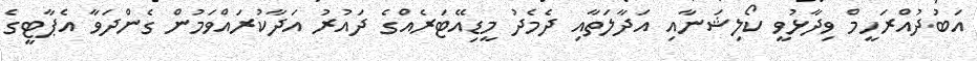
އަބުދުއްރަހީމް ވިދާޅުވީ ކޯލިޝަނާއި އަދާލަތާއި ދެމެދު މީޑިއޭޓަރެއްގެ ދައުރު އަދާކުރައްވަމުން ގެންދަވާ އެޕާޓީގެ